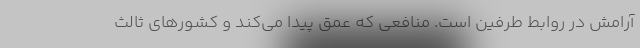
آرامش در روابط طرفین است. منافعی که عمق پیدا می‌کند و کشورهای ثالث